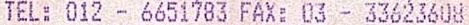
TEL: 012 - 6651783 FAX: 03 - 33623608